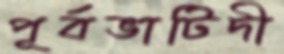
পূর্বভাটিদী